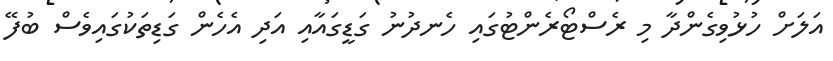
އަލަށް ހުޅުވިގެންދާ މި ރެސްޓޯރެންޓުގައި ހެނދުނު ގަޑީގައާއި އަދި އެހެން ގަޑިތަކުގައިވެސް ބުފޭ